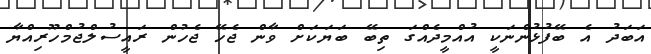
އަބަދު އެ ބޭފުޅުންނަކީ އުއްމީދެއްގަ ތިބޭ ބަޔަކަށް ވާން ޖެހޭ ޖެހުން ރައީސުލްޖުމްހޫރިއްޔާ